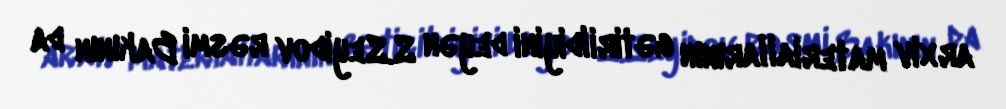
arxiv materiallarının gətirildiyini deyən S.Seyidov rəsmi Bakının da